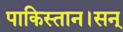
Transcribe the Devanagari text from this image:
पाकिस्तान।सन्